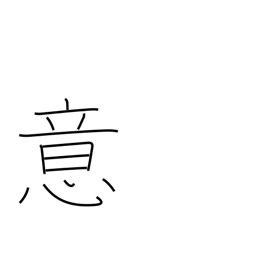
Meaning: idea